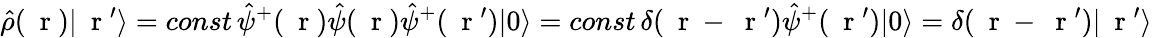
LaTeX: \hat{\rho}(\mathrm{~\mathbf~r~})|\mathrm{~\mathbf~r~}^{\prime}\rangle=const\, \hat{\psi}^{+}(\mathrm{~\mathbf~r~})\hat{\psi}(\mathrm{~\mathbf~r~})\hat{\psi}^{+}(\mathrm{~\mathbf~r~}^{\prime})|0\rangle=const\, \delta(\mathrm{~\mathbf~r~}-\mathrm{~\mathbf~r~}^{\prime})\hat{\psi}^{+}(\mathrm{~\mathbf~r~}^{\prime})|0\rangle=\delta(\mathrm{~\mathbf~r~}-\mathrm{~\mathbf~r~}^{\prime})|\mathrm{~\mathbf~r~}^{\prime}\rangle